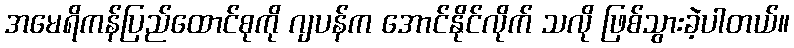
အမေရိကန်ပြည်ထောင်စုကို ဂျပန်က အောင်နိုင်လိုက် သလို ဖြစ်သွားခဲ့ပါတယ်။